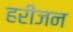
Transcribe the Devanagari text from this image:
हरीजन